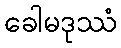
ခေါမဒုဿံ